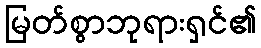
မြတ်စွာဘုရားရှင်၏